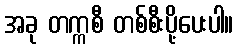
အခု တက္ကစီ တစ်စီးပို့ပေးပါ။